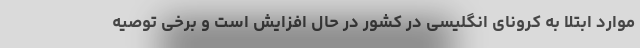
موارد ابتلا به کرونای انگلیسی در کشور در حال افزایش است و برخی توصیه